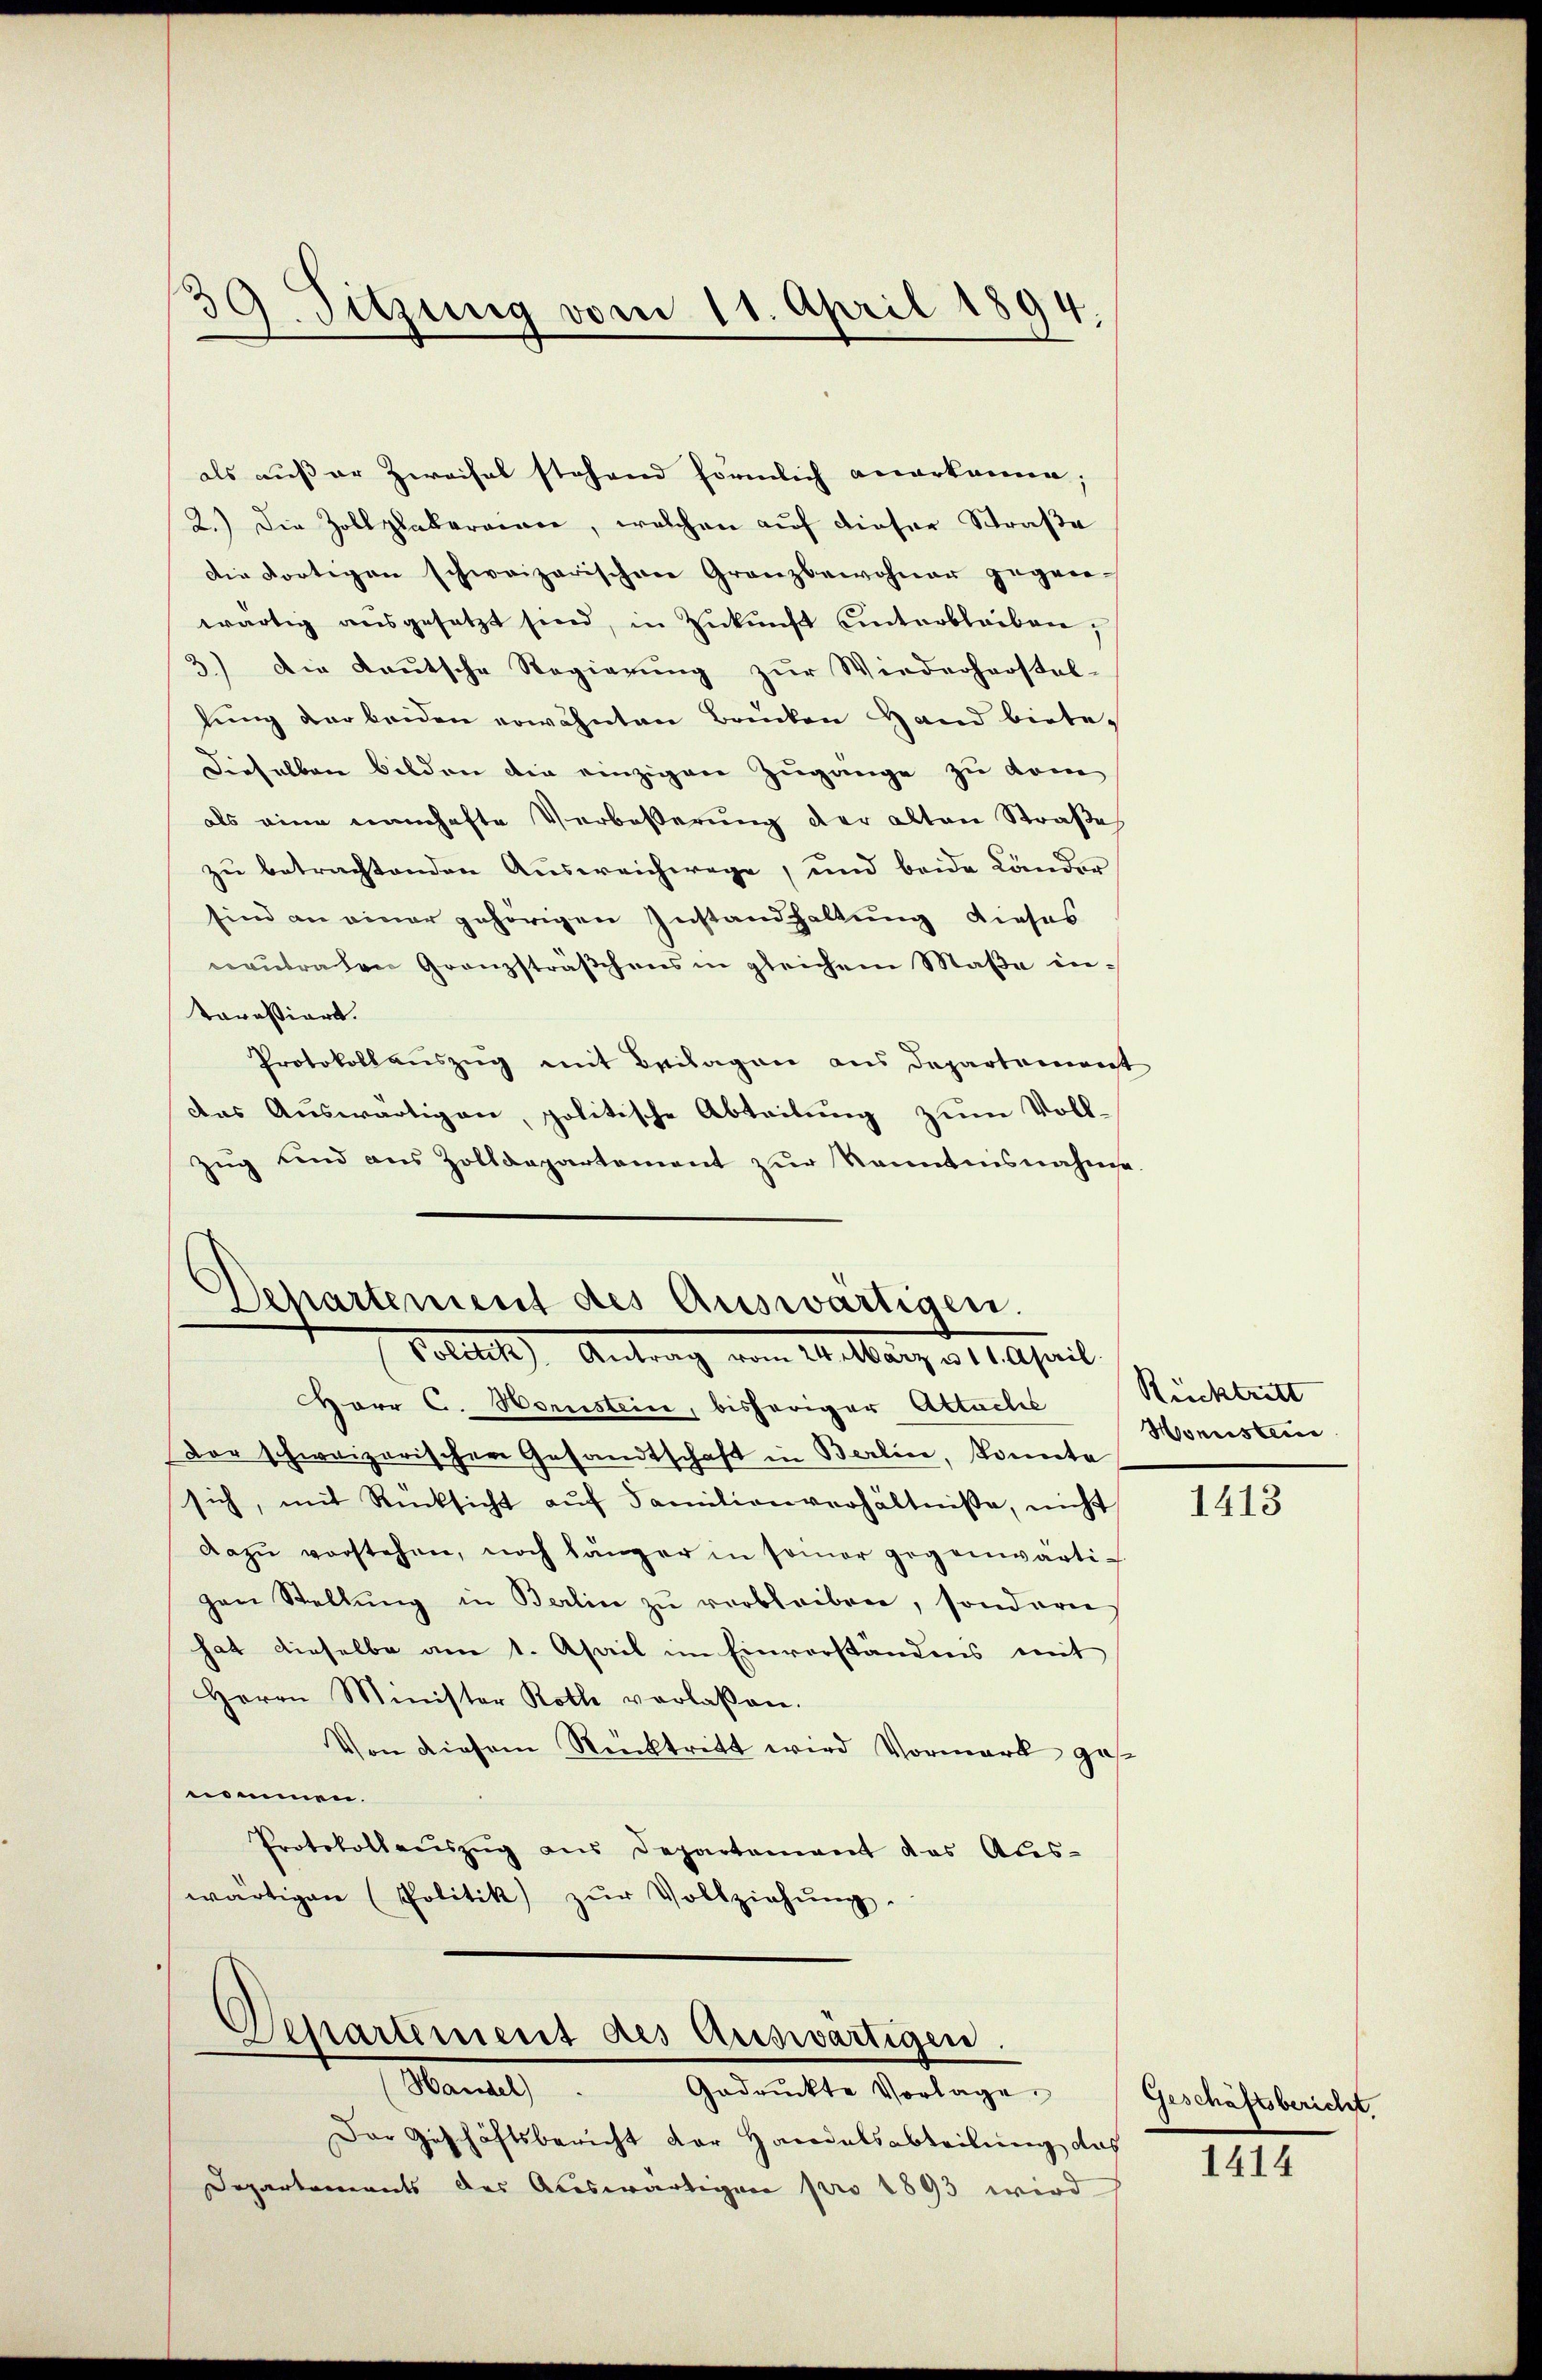
39. Sitzung vom 11. April 1894.

als außer Zweifel stehend förmlich anerkennen;
2.) Die Zollplakaramer, welchen auf dieser Straße
die dortigen schweizerischen Granzbewohner gegene-
wärtig aŭsgesetzt sind, in Zŭkŭnft unterbleiben,
3.) Die Kautsche Regierung zur Wiederhorstel-
lung der beiden erwähnten Brücken Hand biete¬
Dieselben bilden die einzigen Zugange zu vom
als eine namhafte Verbeßerung der alten Straße
zu betrachtenden Ausweichwege, und beide Lander
sind an einer gehörigen Instandhaltung dieses
neutralen Granzsträßchens in gleichem Maße intarassiert.
Protokollauszug mit Beilagen aus Departement
das Auswärtigen, politische Abteilung zum Vollzug und aus Zolldepartement zur Kenntnisnahme

Departement des Auswärtigen.
Petitel) Antrag vom 14. März d. 1 April

Herr C. Horstein, bisheriger Altache Rücktritt
Der schweizerischen Gesandtschaft in Berlin, konnte
sich, mit Rücksicht aŭf Familienverhältniße, nicht
dazŭ verstehen, noch länger in seiner gegenwärti-
gen Stellŭng in Berlin zŭ verbleiben, sondern
hat dieselbe am 1. April im Einverständnis mit
Herrn Minister Roth verlassen.
Von diesem Rücktritt wird Vormark ges
nommen.
Protokollauszug aus Departement das Aus-
wärtigen (Politik) zŭr Vollziehŭng.
Departement des Auswärtigen.
Handel)
Gedrückte Vorlage
Der Geschäftsbericht der Harriatsabteilung das
Departements der Auswärtigen pro 1893 wird

Honnstei

1413

Geschäftsbericht.

1414